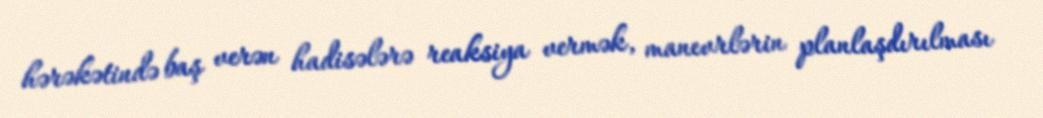
hərəkətində baş verən hadisələrə reaksiya vermək, manevrlərin planlaşdırılması